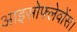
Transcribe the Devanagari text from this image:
आइसोफ्लेवोंस।